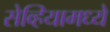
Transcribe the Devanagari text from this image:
सेव्हियामध्ये